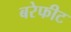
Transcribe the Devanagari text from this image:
बरेफीट